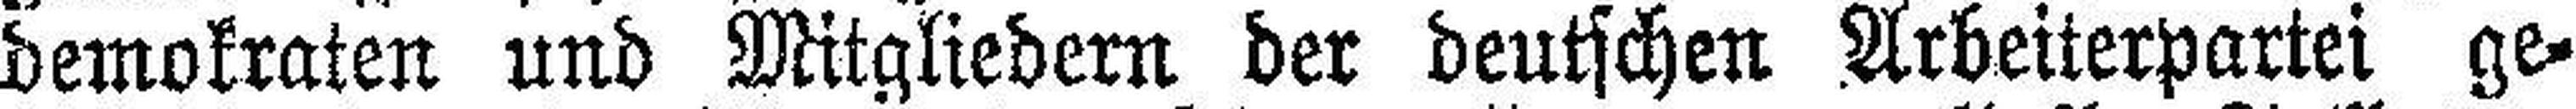
demokraten und Mitgliedern der deutschen Arbeiterpartei ge¬